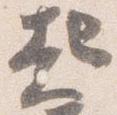
起